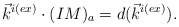
\begin{align*}\vec{k}^{i(ex)} \cdot (IM)_a=d(\vec{k}^{i(ex)}).\end{align*}